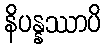
နိပန္နဿာပိ